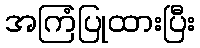
အကြံပြုထားပြီး